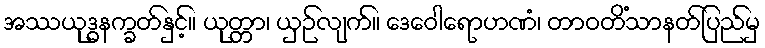
အဿယုဒ္ဓနက္ခတ်နှင့်။ ယုတ္တာ၊ ယှဉ်လျက်။ ဒေဝေါရောဟဏံ၊ တာဝတိံသာနတ်ပြည်မှ